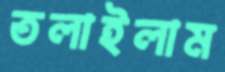
তলাইলাম